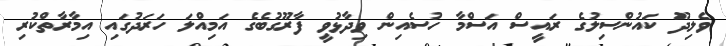
ވެލިދޫ ކައުންސިލުގެ ރައީސް އަސްމާ ހުސެއިން ވިދާޅުވީ ފާރޫގުބެގެ އަމިއްލަ ހަރަދުގައި އިމާރާތްކުރި